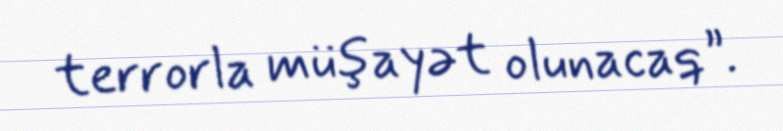
terrorla müşayət olunacaq”.